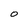
Character: O